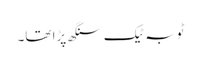
ٹوبہ ٹیک سنگھ پڑا تھا۔